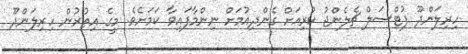
ހިރިލަންދޫ ފުޓްސަލް ޗެލެންޖު ކުރިއަށް ގެންދިއުމަށް ނިންމާފައިވާ ކަމަށެވެ. މީގެ އިތުރުން ހިރިލަންދޫ